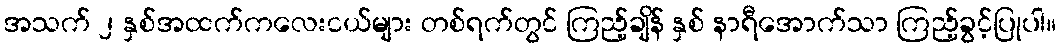
အသက် ၂ နှစ်အထက်ကလေးငယ်များ တစ်ရက်တွင် ကြည့်ချိန် နှစ် နာရီအောက်သာ ကြည့်ခွင့်ပြုပါ။